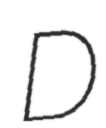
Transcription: D